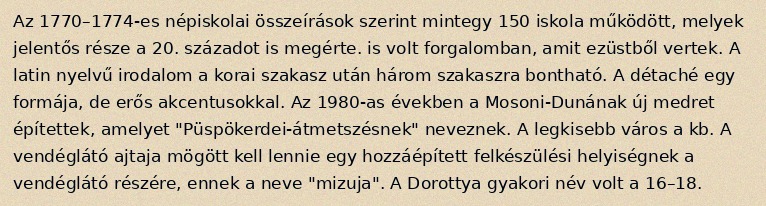
Az 1770–1774-es népiskolai összeírások szerint mintegy 150 iskola működött, melyek jelentős része a 20. századot is megérte. is volt forgalomban, amit ezüstből vertek. A latin nyelvű irodalom a korai szakasz után három szakaszra bontható. A détaché egy formája, de erős akcentusokkal. Az 1980-as években a Mosoni-Dunának új medret építettek, amelyet "Püspökerdei-átmetszésnek" neveznek. A legkisebb város a kb. A vendéglátó ajtaja mögött kell lennie egy hozzáépített felkészülési helyiségnek a vendéglátó részére, ennek a neve "mizuja". A Dorottya gyakori név volt a 16–18.